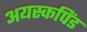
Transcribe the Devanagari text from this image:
अयस्कपिंड